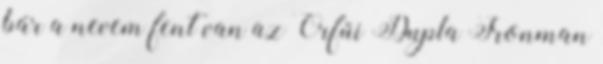
bár a nevem fent van az Orfűi Dupla Ironman